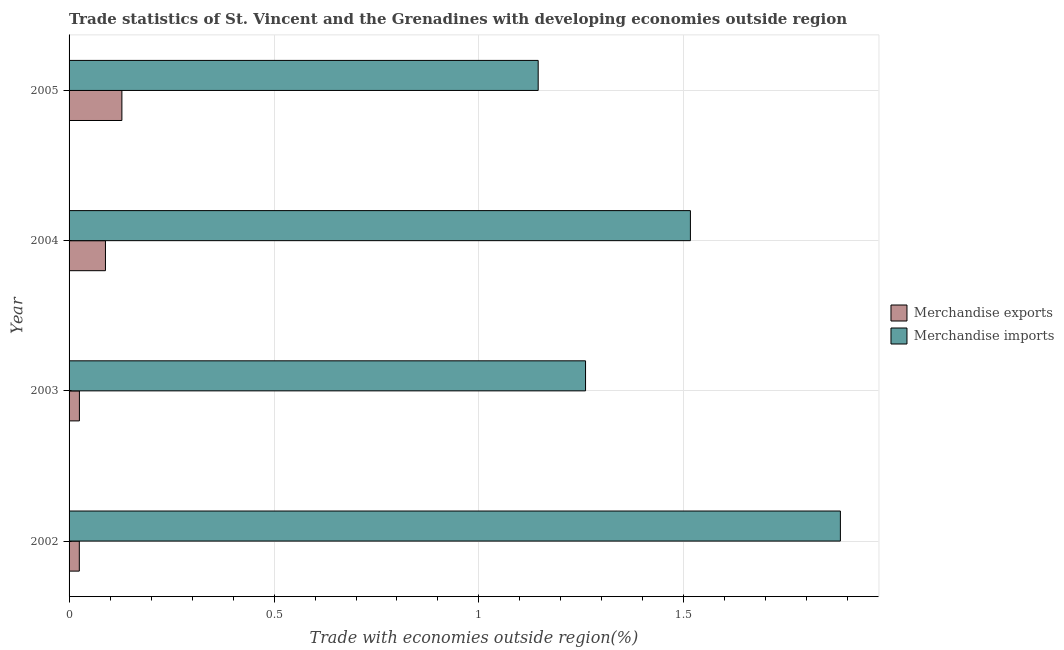
| Year | Merchandise exports | Merchandise imports |
 | --- | --- | --- |
 | 2002 | 0.025 | 1.88 |
 | 2003 | 0.0252 | 1.26 |
 | 2004 | 0.0888 | 1.52 |
 | 2005 | 0.129 | 1.14 |